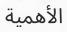
الأھمية